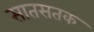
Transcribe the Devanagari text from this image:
सातसतक